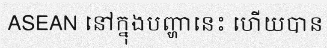
ASEAN នៅក្នុងបញ្ហានេះ ហើយបាន